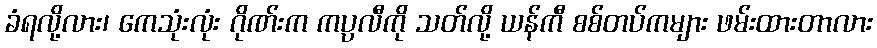
ခံရလို့လား၊ ကေသုံးလုံး ဂိုဏ်းက ကပ္ပလီကို သတ်လို့ ယန်ကီ စစ်တပ်ကများ ဖမ်းထားတာလား